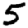
Digit: 5